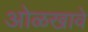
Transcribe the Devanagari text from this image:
ओळखावे